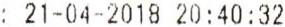
: 21-04-2018 20:40:32